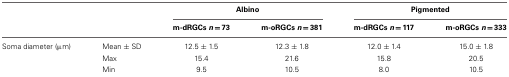
<table><thead><tr><td></td><td></td><td colspan="2"><b>Albino</b></td><td colspan="2"><b>Pigmented</b></td></tr><tr><td></td><td></td><td><b>m-dRGCs <i>n</i> = 73</b></td><td><b>m-oRGCs <i>n</i> = 381</b></td><td><b>m-dRGCs <i>n</i> = 117</b></td><td><b>m-oRGCs <i>n</i> = 333</b></td></tr></thead><tbody><tr><td>Soma diameter (μm)</td><td>Mean ± SD</td><td>12.5 ± 1.5</td><td>12.3 ± 1.8</td><td>12.0 ± 1.4</td><td>15.0 ± 1.8</td></tr><tr><td></td><td>Max</td><td>15.4</td><td>21.6</td><td>15.8</td><td>20.5</td></tr><tr><td></td><td>Min</td><td>9.5</td><td>10.5</td><td>8.0</td><td>10.5</td></tr></tbody></table>